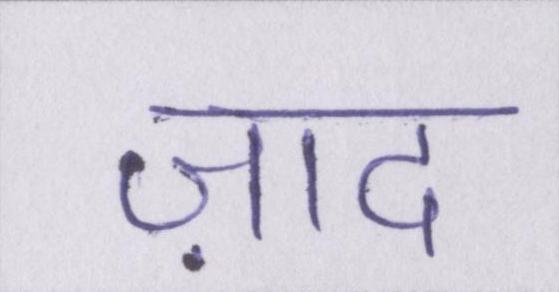
ज़ाद